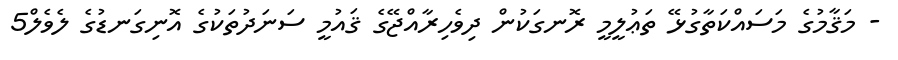
- މަޤާމުގެ މަސައްކަތާގުޅޭ ތަޢުލީމީ ރޮނގަކުން ދިވެހިރާއްޖޭގެ ޤައުމީ ސަނަދުތަކުގެ އޮނިގަނޑުގެ ލެވެލް5